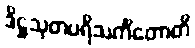
ဒိဋ္ဌသုတပရိသင်္ကိတောတိ